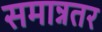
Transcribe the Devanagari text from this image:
समान्नतर